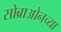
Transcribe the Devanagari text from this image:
सोब्राओनच्या